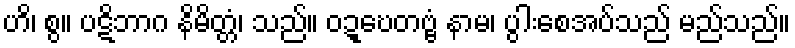
ဟိ၊ စွ။ ပဋိဘာဂ နိမိတ္တံ၊ သည်။ ဝဍ္ဎေတဗ္ဗံ နာမ၊ ပွါးစေအပ်သည် မည်သည်။